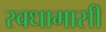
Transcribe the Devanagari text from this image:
स्वधामासी